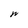
Character: W